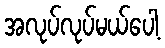
အလုပ်လုပ်မယ်ပေါ့